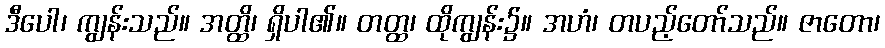
ဒီပေါ၊ ကျွန်းသည်။ အတ္ထိ၊ ရှိပါ၏။ တတ္ထ၊ ထိုကျွန်း၌။ အဟံ၊ တပည့်တော်သည်။ ဇာတော၊